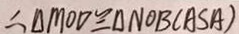
\therefore \Delta M O D \cong \Delta N O B ( A S A )